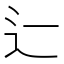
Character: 辷